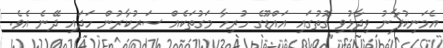
އެމަނިކުފާނު ވިދާޅުވި ގޮތުގައި އައްޑޫގެ ހުރިހާ މަގުތަކެއް ސަރުކާރުން ހަދައި ދޭނެ އެވެ.